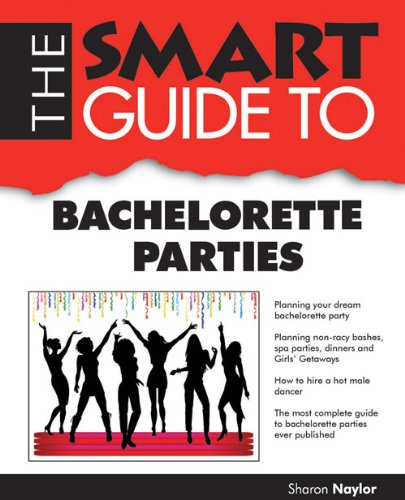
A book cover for The Smart Guide to Bachelorette Parties (Smart Guides); Sharon Naylor; Crafts, Hobbies & Home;